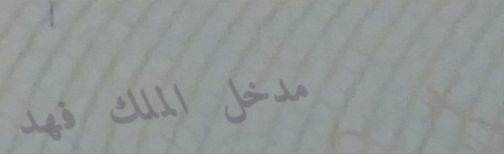
مدخل الملك فهد